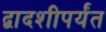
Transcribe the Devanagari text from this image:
द्वादशीपर्यंत